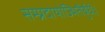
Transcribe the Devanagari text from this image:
सम्प्रदायोज्भितैर्बुधैः।